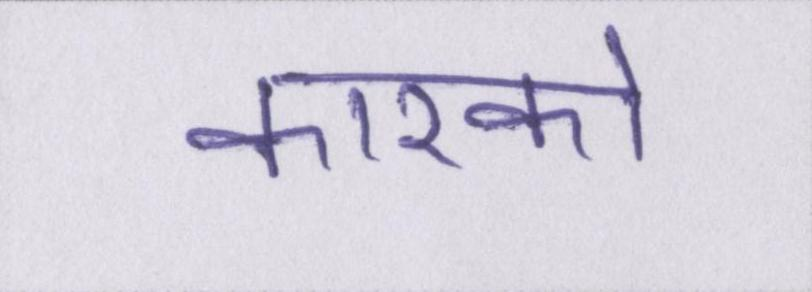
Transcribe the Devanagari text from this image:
कारको